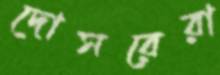
দোসরেরা